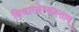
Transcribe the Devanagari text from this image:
विचारयेत्यास्ताम्